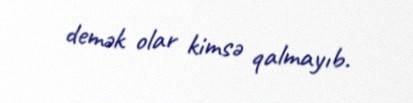
demək olar kimsə qalmayıb.